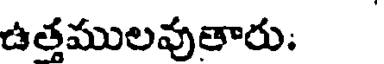
ఉతములవుతారు.